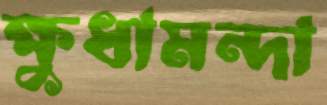
ক্ষুধামন্দা